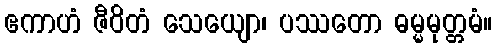
ဧကာဟံ ဇီဝိတံ သေယျော၊ ပဿတော ဓမ္မမုတ္တမံ။